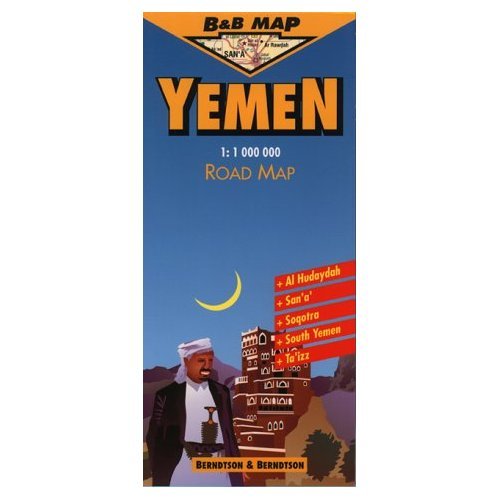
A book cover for Yemen; Treaty Oak; Travel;